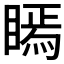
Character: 𭿖